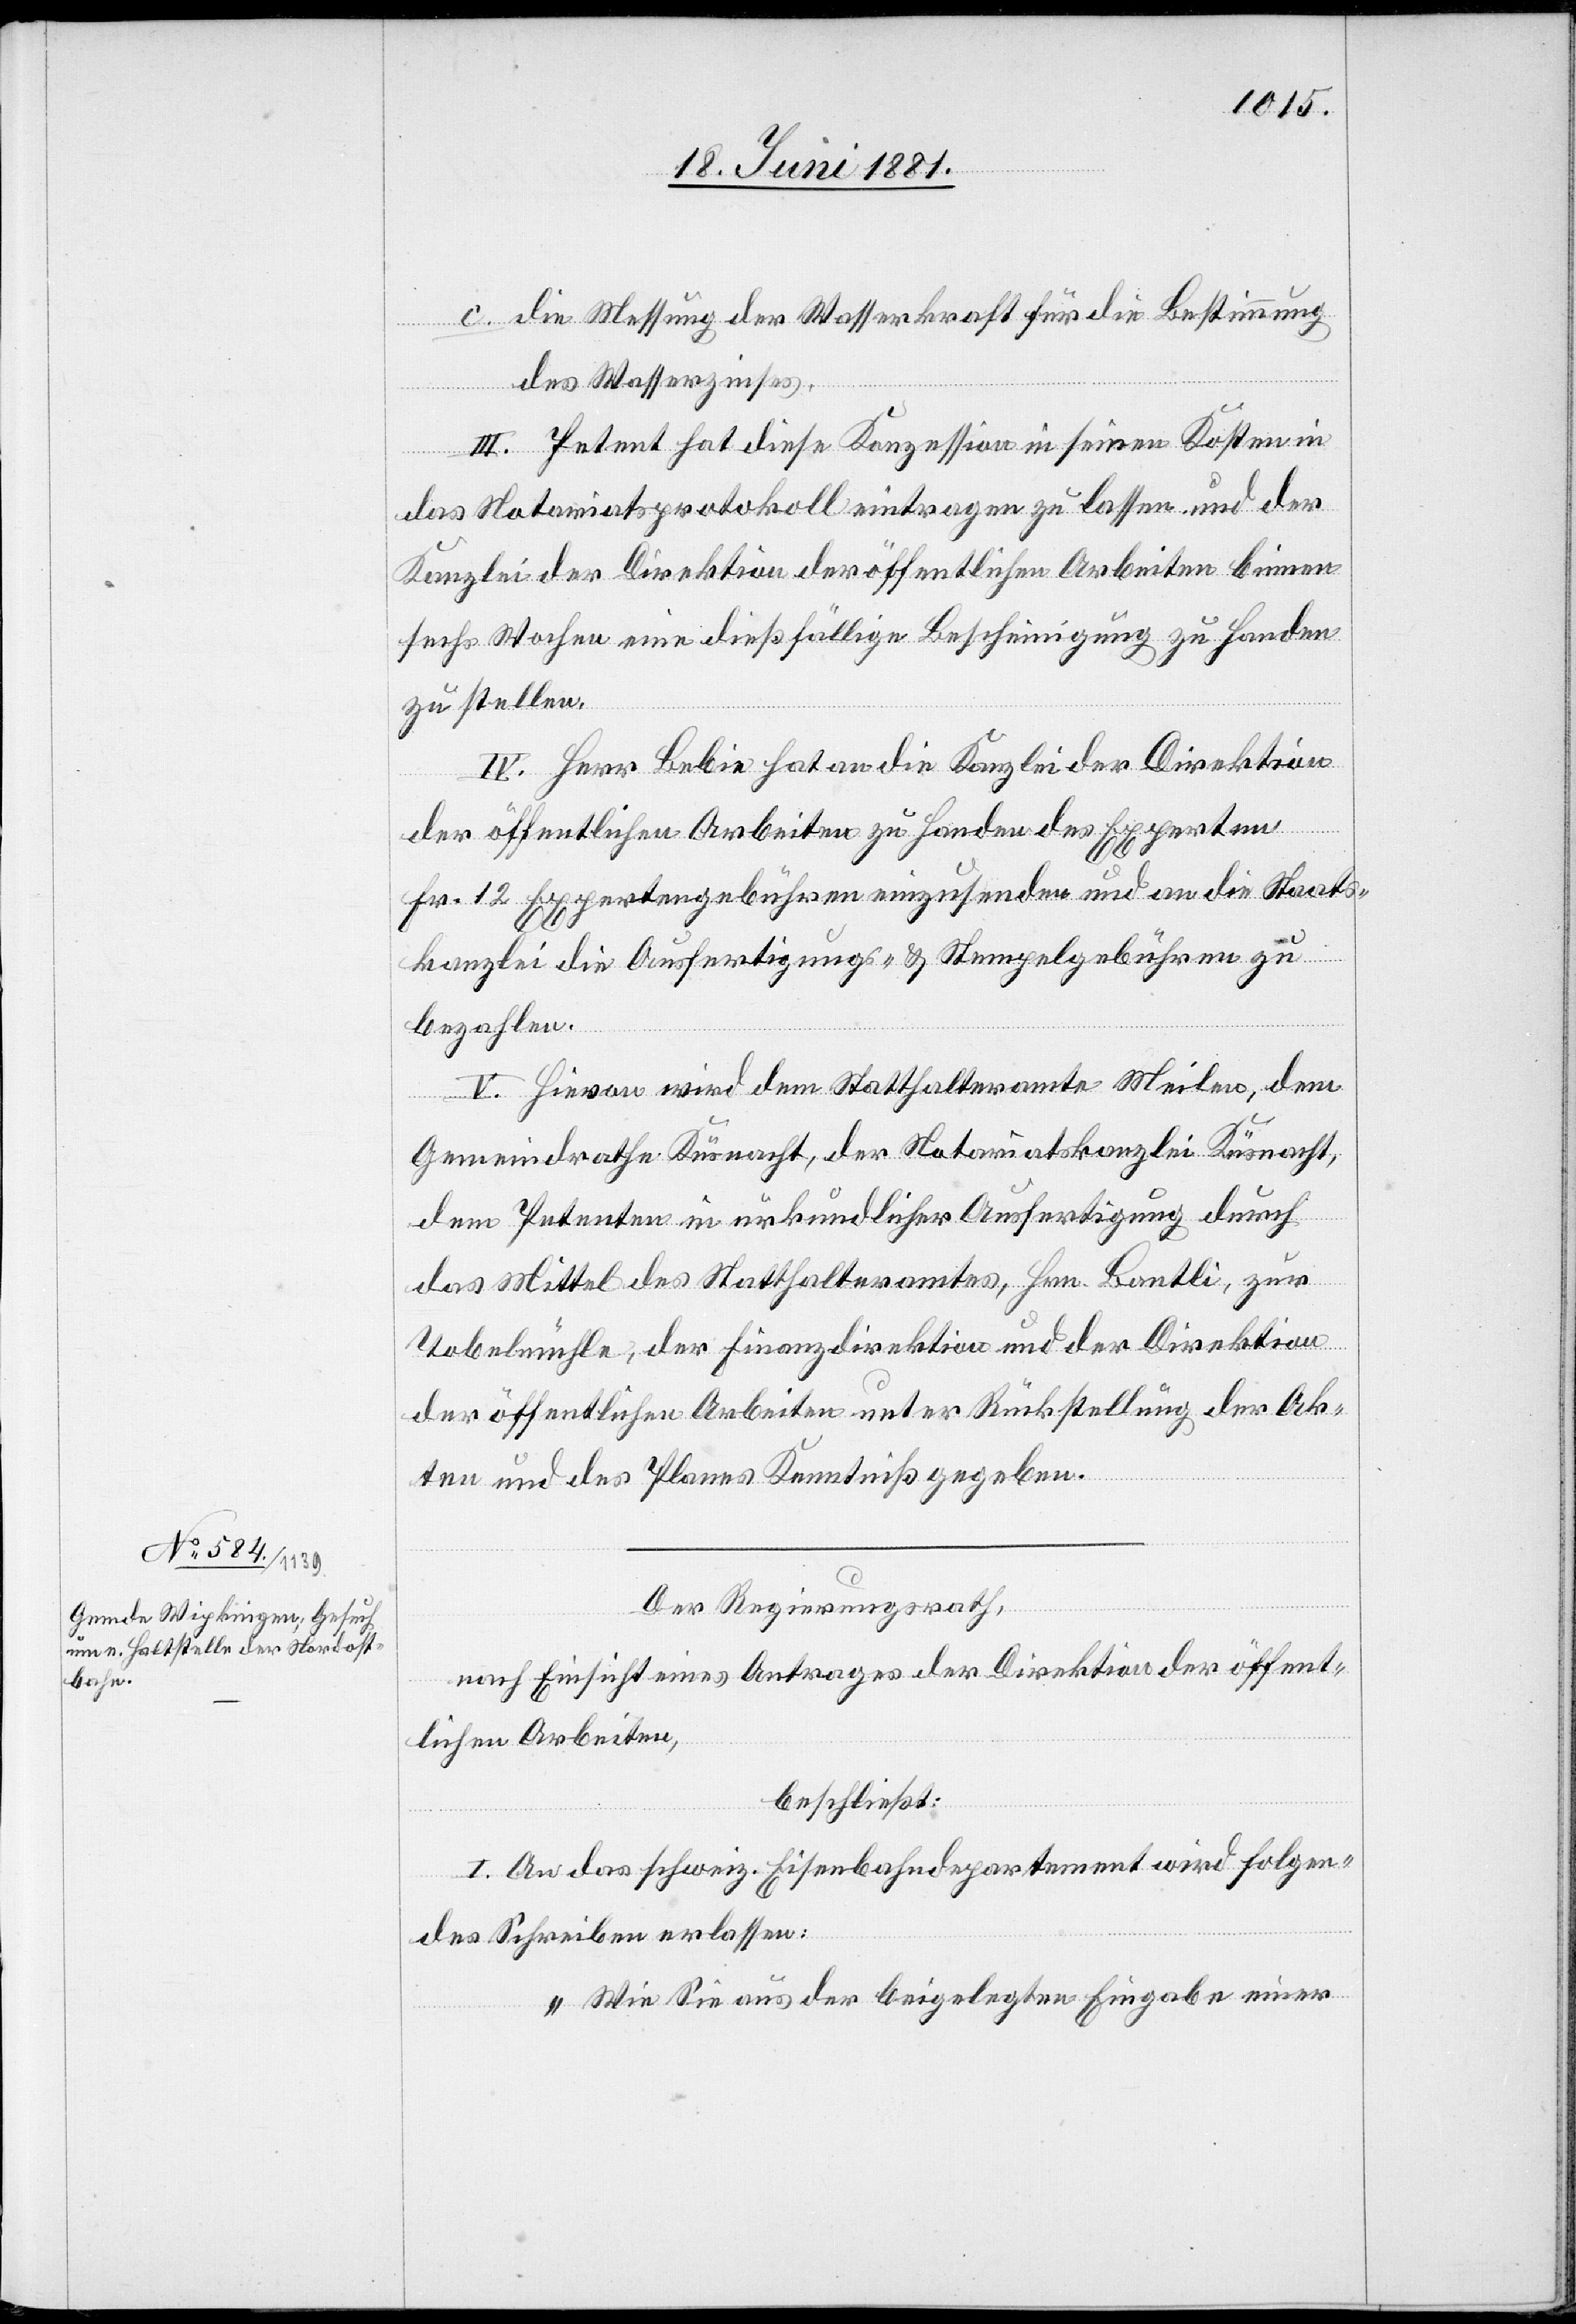
c. die Messung der Wasserkraft für die Bestimmung
des Wasserzinses.
III. Petent hat diese Konzession in seinen Kosten in
das Notariatsprotokoll eintragen zu lassen und der
Kanzlei der Direktion der öffentlichen Arbeiten binnen
sechs Wochen eine dießfällige Bescheinigung zu Handen
zu stellen.
IV. Herr Bebie hat an die Kanzlei der Direktion
der öffentlichen Arbeiten zu Handen des Experten
Fr. 12 Expertengebühren einzusenden und an die Staats¬
kanzlei die Ausfertigungs- & Stempelgebühren zu
bezahlen.
V. Hievon wird dem Statthalteramte Meilen, dem
Gemeindrathe Küsnacht, der Notariatskanzlei Küsnacht,
dem Petenten in urkundlicher Ausfertigung durch
das Mittel des Statthalteramtes, Hrn. Bantli, zur
Tobelmühle, der Finanzdirektion und der Direktion
der öffentlichen Arbeiten unter Rückstellung der Ak¬
ten und des Planes Kenntniß gegeben.
Der Regierungsrath,
nach Einsicht eines Antrages der Direktion der öffent¬
lichen Arbeiten,
beschließt:
I. An das schweiz. Eisenbahndepartement wird folgen¬
des Schreiben erlassen:
„Wie Sie aus der beigelegten Eingabe einer